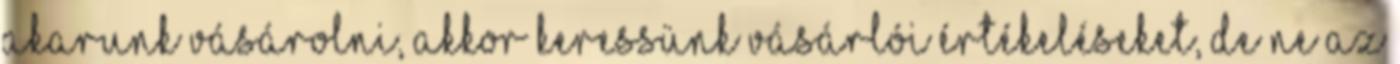
akarunk vásárolni, akkor keressünk vásárlói értékeléseket, de ne az